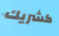
كشريك